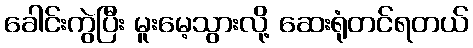
ခေါင်းကွဲပြီး မူးမေ့သွားလို့ ဆေးရုံတင်ရတယ်